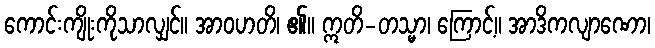
ကောင်းကျိုးကိုသာလျှင်။ အာဝဟတိ၊ ၏။ ဣတိ-တသ္မာ၊ ကြောင့်။ အာဒိကလျာဏော၊